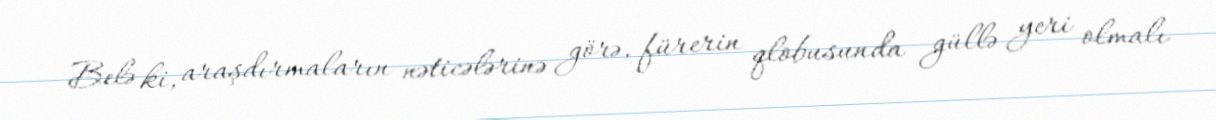
Belə ki, araşdırmaların nəticələrinə görə, fürerin qlobusunda güllə yeri olmalı